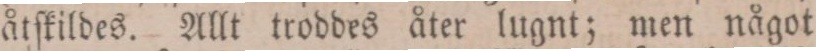
åtſkildes. Allt troddes åter lugnt; men något